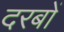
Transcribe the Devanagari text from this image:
दरबों